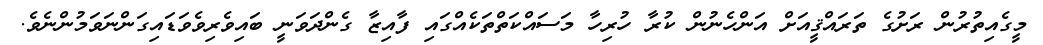
މީގެއިތުރުން ރަށުގެ ތަރައްޤީއަށް އަންހެނުން ކުރާ ހުރިހާ މަސައްކަތްތަކެއްގައި ފާއިޒާ ގެންދަވަނީ ބައިވެރިވެވަޑައިގަންނަވަމުންނެވެ.